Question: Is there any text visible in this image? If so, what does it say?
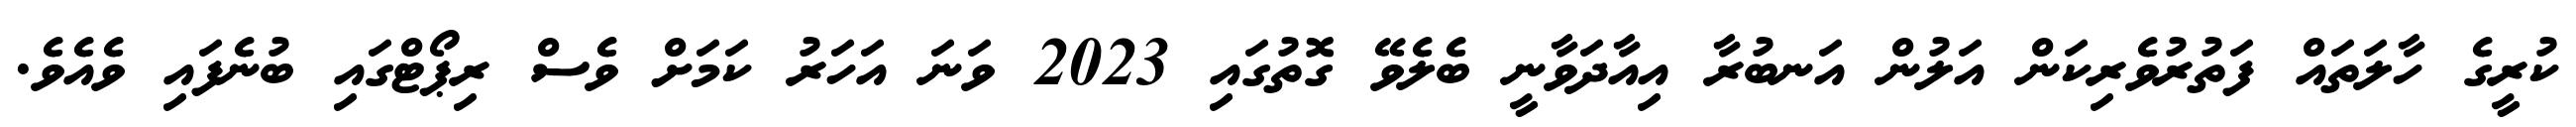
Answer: ކުރީގެ ހާލަތައް ފަތުރުވެރިކަން އަލުން އަނބުރާ އިއާދަވާނީ ބެލެވޭ ގޮތުގައި 2023 ވަނަ އަހަރު ކަމަށް ވެސް ރިޕޯޓްގައި ބުނެފައި ވެއެވެ.